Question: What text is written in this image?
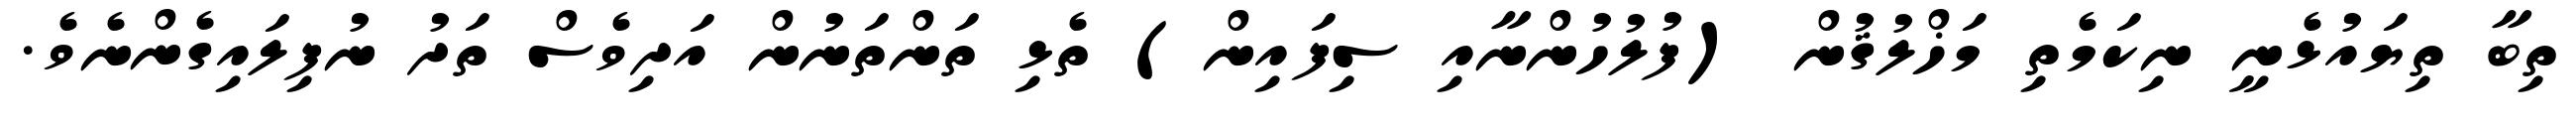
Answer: ތިބާ ތިޔައުޅެނީ ނިކަމެތި މަޚްލުޤުން (ފުލުހުންނާއި ސިފައިން) ތެޅި ތަންތަނުން އަދިވެސް ތަދު ނުފިލައިގެންނެވެ.